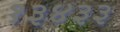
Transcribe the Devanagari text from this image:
१३४३३